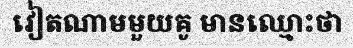
វៀតណាមមួយគូ មានឈ្មោះថា